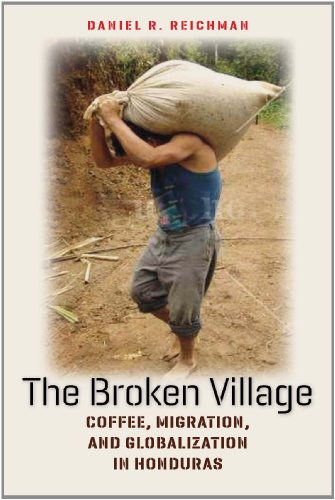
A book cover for The Broken Village: Coffee, Migration, and Globalization in Honduras; Daniel  R. Reichman; History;